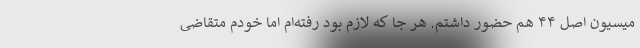
میسیون اصل ۴۴ هم حضور داشتم. هر جا که لازم بود رفته‌ام اما خودم متقاضی